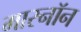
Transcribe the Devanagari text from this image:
मारनॉन